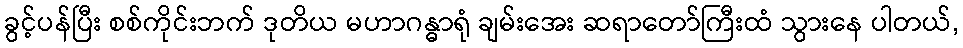
ခွင့်ပန်ပြီး စစ်ကိုင်းဘက် ဒုတိယ မဟာဂန္ဓာရုံ ချမ်းအေး ဆရာတော်ကြီးထံ သွားနေ ပါတယ်,